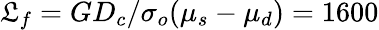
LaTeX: \mathfrak{L}_{f}=GD_{c}/\sigma_{o}(\mu_{s}-\mu_{d})=1600